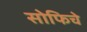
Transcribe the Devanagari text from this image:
सोफिचे